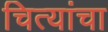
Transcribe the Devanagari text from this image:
चित्यांचा